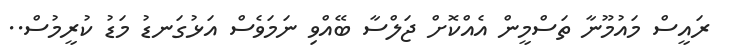
ރައީސް މައުމޫނާ ތަސްމީން އެއްކޮށް ޖަލްސާ ބޭއްވި ނަމަވެސް އަޅުގަނޑު މަޑު ކުރީމުސް..